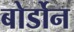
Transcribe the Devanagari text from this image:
बोर्डोन